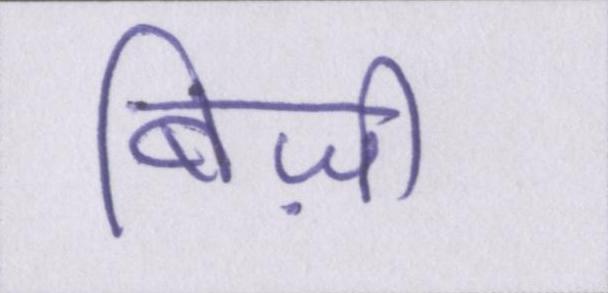
बिज़ी